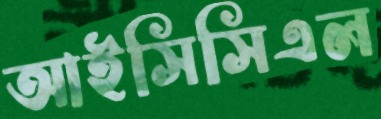
আইসিসিএল